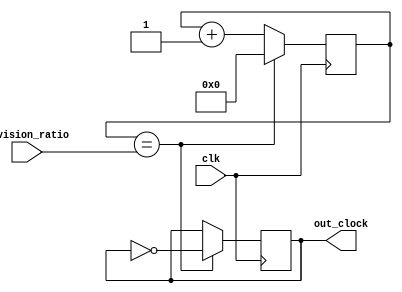
module clock_divider (
    input wire clk, // input clock signal
    input wire [7:0] division_ratio, // division ratio for the counter
    output reg out_clock // output divided clock signal
);

reg [7:0] counter;

always @(posedge clk) begin
    if (counter == division_ratio) begin
        out_clock <= ~out_clock;
        counter <= 0;
    end else begin
        counter <= counter + 1;
    end
end

endmodule